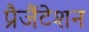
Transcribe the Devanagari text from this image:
प्रैजैंटेशन